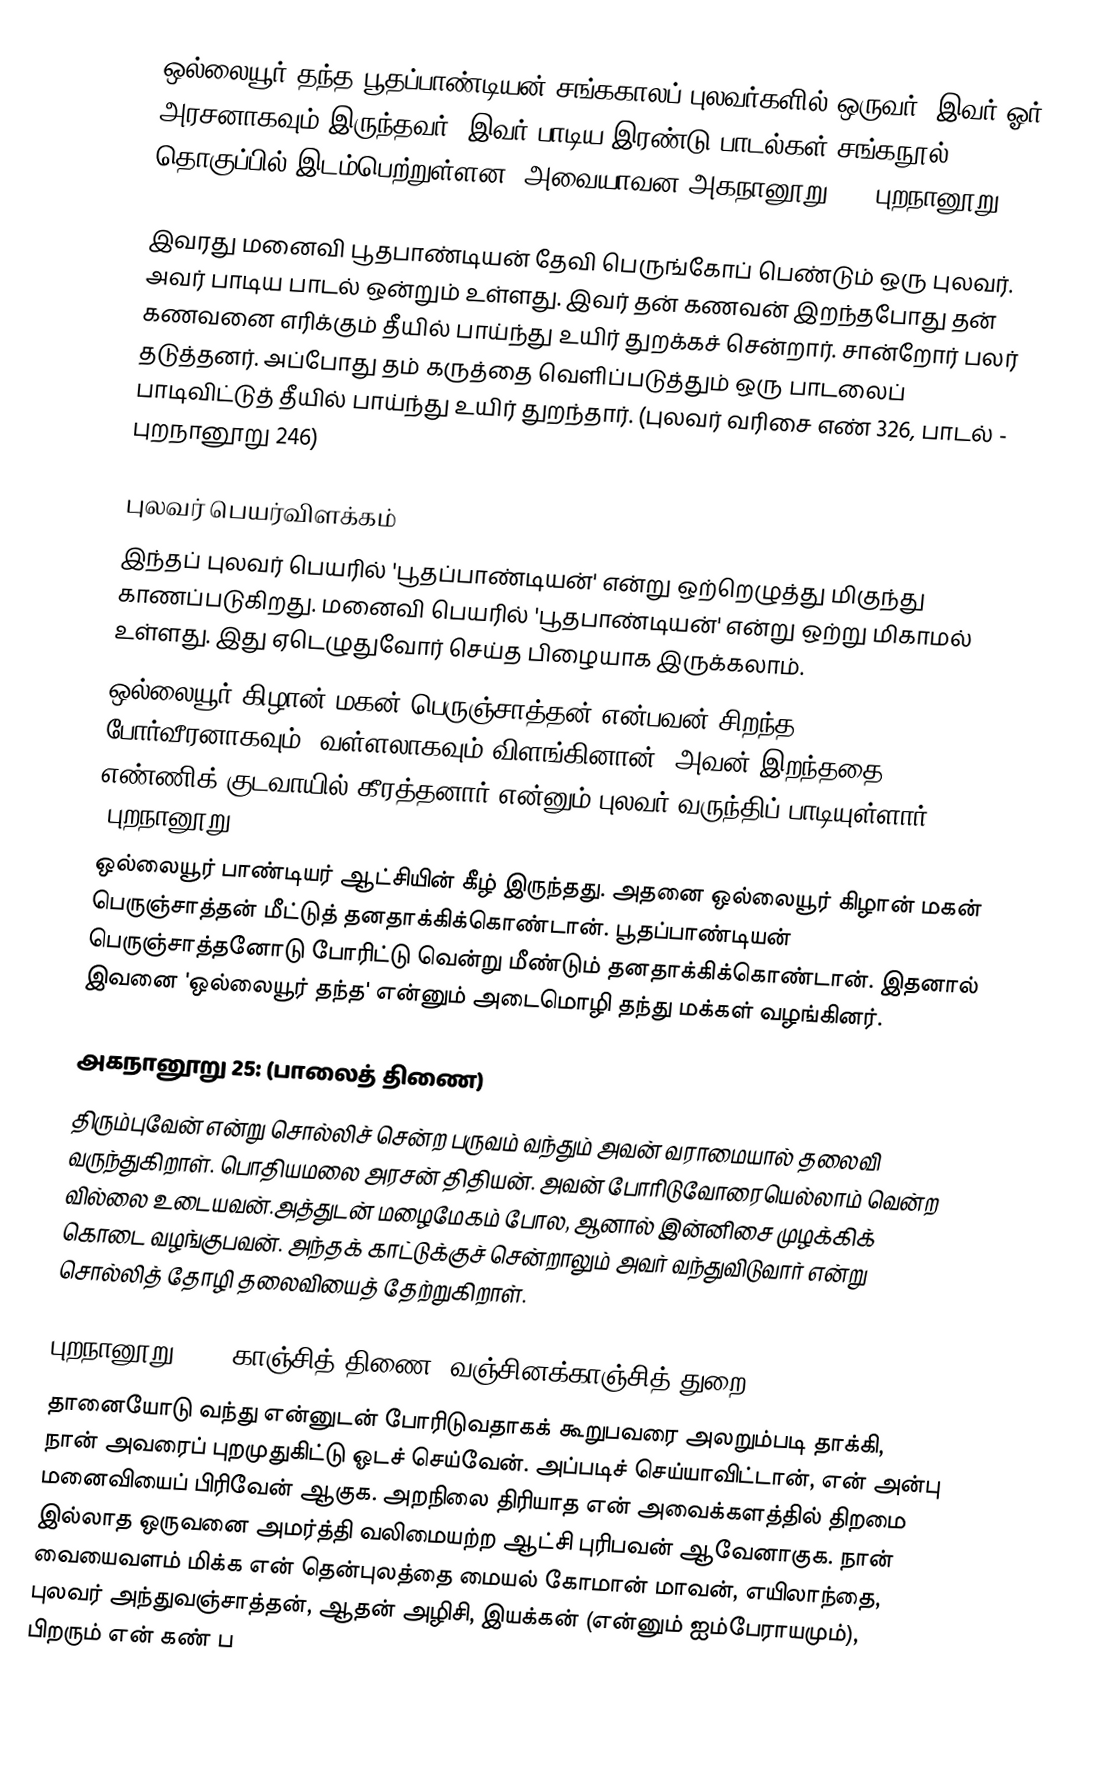
ஒல்லையூர் தந்த பூதப்பாண்டியன் சங்ககாலப் புலவர்களில் ஒருவர். இவர் ஓர் அரசனாகவும் இருந்தவர். இவர் பாடிய இரண்டு பாடல்கள் சங்கநூல் தொகுப்பில் இடம்பெற்றுள்ளன. அவையாவன அகநானூறு 25, புறநானூறு 71.

இவரது மனைவி பூதபாண்டியன் தேவி பெருங்கோப் பெண்டும் ஒரு புலவர். அவர் பாடிய பாடல் ஒன்றும் உள்ளது. இவர் தன் கணவன் இறந்தபோது தன் கணவனை எரிக்கும் தீயில் பாய்ந்து உயிர் துறக்கச் சென்றார். சான்றோர் பலர் தடுத்தனர். அப்போது தம் கருத்தை வெளிப்படுத்தும் ஒரு பாடலைப் பாடிவிட்டுத் தீயில் பாய்ந்து உயிர் துறந்தார். (புலவர் வரிசை எண் 326, பாடல் - புறநானூறு 246)

புலவர் பெயர்விளக்கம்
இந்தப் புலவர் பெயரில் 'பூதப்பாண்டியன்' என்று ஒற்றெழுத்து மிகுந்து காணப்படுகிறது. மனைவி பெயரில் 'பூதபாண்டியன்' என்று ஒற்று மிகாமல் உள்ளது. இது ஏடெழுதுவோர் செய்த பிழையாக இருக்கலாம்.
ஒல்லையூர் கிழான் மகன் பெருஞ்சாத்தன் என்பவன் சிறந்த போர்வீரனாகவும், வள்ளலாகவும் விளங்கினான். அவன் இறந்ததை எண்ணிக் குடவாயில் கீரத்தனார் என்னும் புலவர் வருந்திப் பாடியுள்ளார். (புறநானூறு 242)
ஒல்லையூர் பாண்டியர் ஆட்சியின் கீழ் இருந்தது. அதனை ஒல்லையூர் கிழான் மகன் பெருஞ்சாத்தன் மீட்டுத் தனதாக்கிக்கொண்டான். பூதப்பாண்டியன் பெருஞ்சாத்தனோடு போரிட்டு வென்று மீண்டும் தனதாக்கிக்கொண்டான். இதனால் இவனை 'ஒல்லையூர் தந்த' என்னும் அடைமொழி தந்து மக்கள் வழங்கினர்.

அகநானூறு 25: (பாலைத் திணை)
திரும்புவேன் என்று சொல்லிச் சென்ற பருவம் வந்தும் அவன் வராமையால் தலைவி வருந்துகிறாள். பொதியமலை அரசன் திதியன். அவன் போரிடுவோரையெல்லாம் வென்ற வில்லை உடையவன்.அத்துடன் மழைமேகம் போல, ஆனால் இன்னிசை முழக்கிக் கொடை வழங்குபவன். அந்தக் காட்டுக்குச் சென்றாலும் அவர் வந்துவிடுவார் என்று சொல்லித் தோழி தலைவியைத் தேற்றுகிறாள்.

புறநானூறு 71 ( காஞ்சித் திணை,  வஞ்சினக்காஞ்சித் துறை)
தானையோடு வந்து என்னுடன் போரிடுவதாகக் கூறுபவரை அலறும்படி தாக்கி, நான் அவரைப் புறமுதுகிட்டு ஓடச் செய்வேன். அப்படிச் செய்யாவிட்டான், என் அன்பு மனைவியைப் பிரிவேன் ஆகுக. அறநிலை திரியாத என் அவைக்களத்தில் திறமை இல்லாத ஒருவனை அமர்த்தி வலிமையற்ற ஆட்சி புரிபவன் ஆவேனாகுக. நான் வையைவளம் மிக்க என் தென்புலத்தை மையல் கோமான் மாவன், எயிலாந்தை, புலவர் அந்துவஞ்சாத்தன், ஆதன் அழிசி, இயக்கன் (என்னும் ஐம்பேராயமும்), பிறரும் என் கண் ப